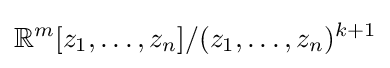
{\mathbb {R} }^{m}[z_{1},\dotsc ,z_{n}]/(z_{1},\dotsc ,z_{n})^{k+1}